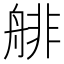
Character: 𦩋